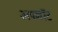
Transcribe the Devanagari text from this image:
अपशॉट